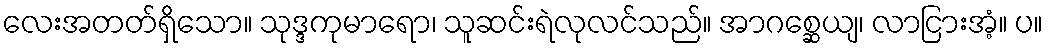
လေးအတတ်ရှိသော။ သုဒ္ဒကုမာရော၊ သူဆင်းရဲလုလင်သည်။ အာဂစ္ဆေယျ၊ လာငြားအံ့။ ပ။